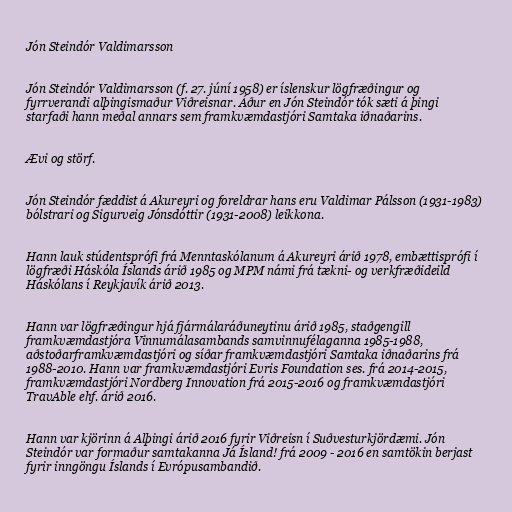
Jón Steindór Valdimarsson

Jón Steindór Valdimarsson (f. 27. júní 1958) er íslenskur lögfræðingur og
fyrrverandi alþingismaður Viðreisnar. Áður en Jón Steindór tók sæti á þingi
starfaði hann meðal annars sem framkvæmdastjóri Samtaka iðnaðarins.

Ævi og störf.

Jón Steindór fæddist á Akureyri og foreldrar hans eru Valdimar Pálsson (1931-1983)
bólstrari og Sigurveig Jónsdóttir (1931-2008) leikkona.

Hann lauk stúdentsprófi frá Menntaskólanum á Akureyri árið 1978, embættisprófi í
lögfræði Háskóla Íslands árið 1985 og MPM námi frá tækni- og verkfræðideild
Háskólans í Reykjavík árið 2013.

Hann var lögfræðingur hjá fjármálaráðuneytinu árið 1985, staðgengill
framkvæmdastjóra Vinnumálasambands samvinnufélaganna 1985-1988,
aðstoðarframkvæmdastjóri og síðar framkvæmdastjóri Samtaka iðnaðarins frá
1988-2010. Hann var framkvæmdastjóri Evris Foundation ses. frá 2014-2015,
framkvæmdastjóri Nordberg Innovation frá 2015-2016 og framkvæmdastjóri
TravAble ehf. árið 2016.

Hann var kjörinn á Alþingi árið 2016 fyrir Viðreisn í Suðvesturkjördæmi. Jón
Steindór var formaður samtakanna Já Ísland! frá 2009 - 2016 en samtökin berjast
fyrir inngöngu Íslands í Evrópusambandið.